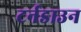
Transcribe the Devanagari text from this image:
टर्नडाउन